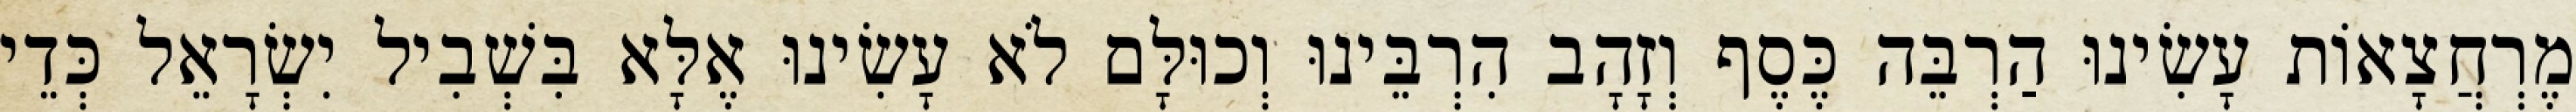
מֶרְחֲצָאוֹת עָשִׂינוּ הַרְבֵּה כֶּסֶף וְזָהָב הִרְבֵּינוּ וְכוּלָּם לֹא עָשִׂינוּ אֶלָּא בִּשְׁבִיל יִשְׂרָאֵל כְּדֵי